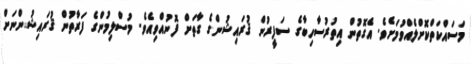
މަސައްކަތްކޮށްލެއްވުމަށެވެ. އެގޮތުން އިތުރުސާހިބާގެ ސަފީރުން ޤުރައިޝުންގެ ގާތަށް ފޮނުއްވިއެވެ. މުސްލިމުންގެ ފަރާތުން ޤުރައިޝުންނަށް